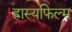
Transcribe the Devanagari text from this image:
हास्यफिल्म